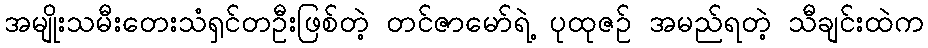
အမျိုးသမီးတေးသံရှင်တဦးဖြစ်တဲ့ တင်ဇာမော်ရဲ့ ပုထုဇဉ် အမည်ရတဲ့ သီချင်းထဲက